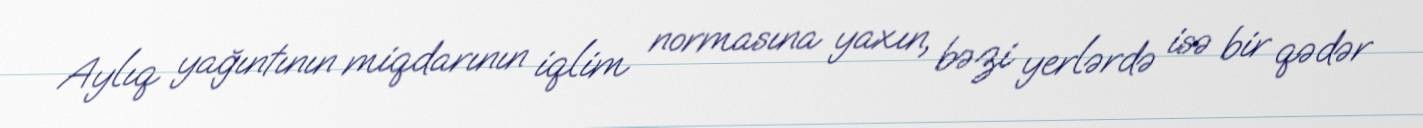
Aylıq yağıntının miqdarının iqlim normasına yaxın, bəzi yerlərdə isə bir qədər